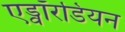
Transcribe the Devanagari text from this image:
एड्वॉरडियन